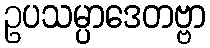
ဥပသမ္ပာဒေတဗ္ဗာ